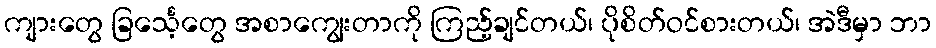
ကျားတွေ ခြင်္သေ့တွေ အစာကျွေးတာကို ကြည့်ချင်တယ်၊ ပိုစိတ်ဝင်စားတယ်၊ အဲဒီမှာ ဘာ